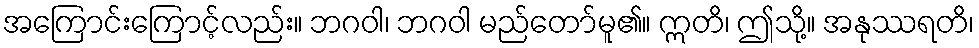
အကြောင်းကြောင့်လည်း။ ဘဂဝါ၊ ဘဂဝါ မည်တော်မူ၏။ ဣတိ၊ ဤသို့။ အနုဿရတိ၊